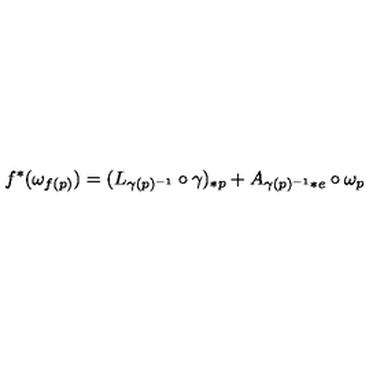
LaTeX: f ^ { * } ( \omega _ { f ( p ) } ) = ( L _ { \gamma ( p ) ^ { - 1 } } \circ \gamma ) _ { * p } + A _ { \gamma ( p ) ^ { - 1 } * e } \circ \omega _ { p }